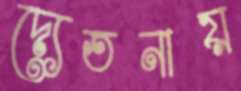
দ্যেতনায়